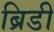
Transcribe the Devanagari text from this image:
ब्रिडी